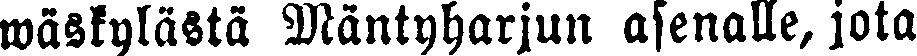
wäskylästä Mäntyharjun asenalle, jota